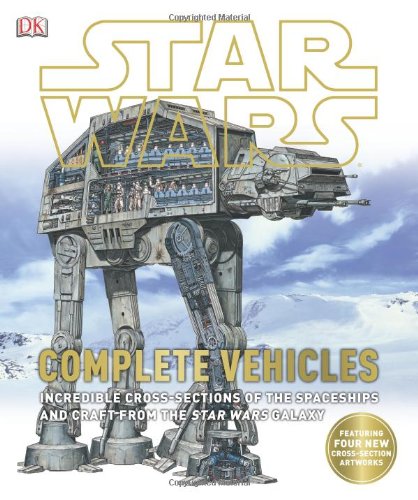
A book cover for Star Wars: Complete Vehicles; DK Publishing; Humor & Entertainment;